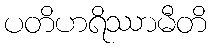
ပတိဟရိဿာမီတိ